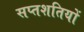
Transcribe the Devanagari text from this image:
सप्तशतियों